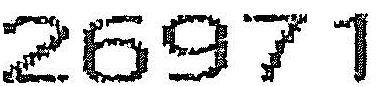
26971